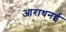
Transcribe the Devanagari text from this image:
आराधनई